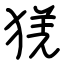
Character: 猐